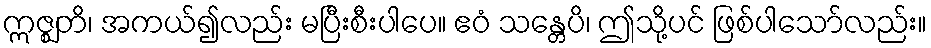
ဣဇ္ဈတိ၊ အကယ်၍လည်း မပြီးစီးပါပေ။ ဧဝံ သန္တေပိ၊ ဤသို့ပင် ဖြစ်ပါသော်လည်း။